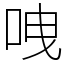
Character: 㖂